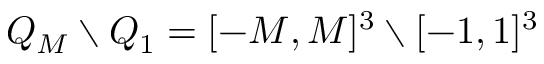
Q _ { M } \setminus Q _ { 1 } = [ - M , M ] ^ { 3 } \setminus [ - 1 , 1 ] ^ { 3 }